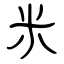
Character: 米